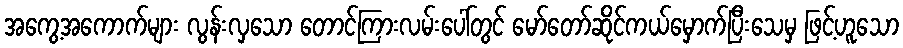
အကွေ့အကောက်များ လွန်းလှသော တောင်ကြားလမ်းပေါ်တွင် မော်တော်ဆိုင်ကယ်မှောက်ပြီးသေမှ ဖြင့်ဟူသော